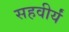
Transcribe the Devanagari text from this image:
सहवीर्यं